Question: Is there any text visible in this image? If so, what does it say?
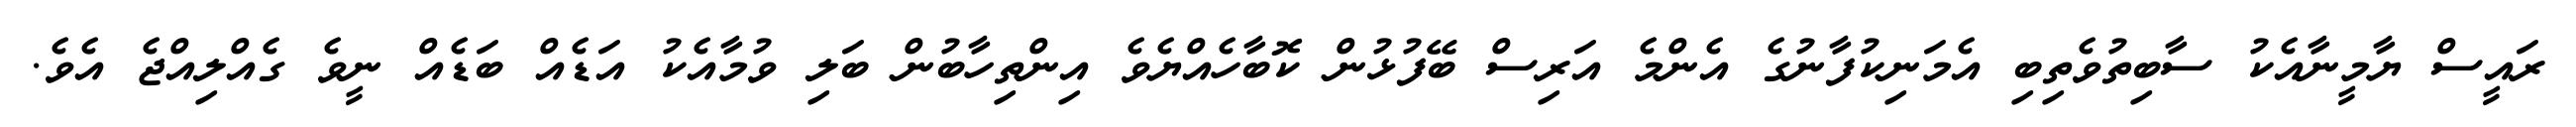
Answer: ރައީސް ޔާމީނާއެކު ސާބިތުވެތިބި އެމަނިކުފާނުގެ އެންމެ އަރިސް ބޭފުޅުން ކޮބާހެއްޔެވެ އިންތިހާބުން ބަލި ވުމާއެކު އަޑެއް ބަޑެއް ނީވެ ގެއްލިއްޖެ އެވެ.